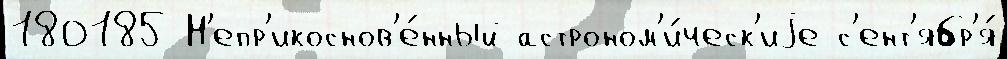
180185 Н'епр'икоснов'е́нный астроном'и́ческ'иjе с'ент'ябр'я́